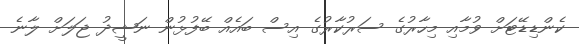
ކެންޑިޑޭޓަށް ވުމާއި މިހާރުގެ ސަރުކާރުގެ އިސް ބައެއް ބޭފުޅުން ނަޝީދު ޖަލަށް ލާނެ